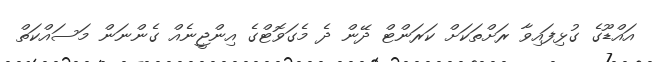
އައްޑޫގެ ގުޅިފައިވާ ރަށްތަކަށް ކަރަންޓް ދޭން ދެ މެގަވޮޓްގެ އިންޖީނެއް ގެންނަން މަސައްކަތް